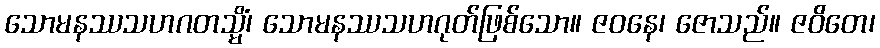
သောမနဿသဟဂတသ္မိံ၊ သောမနဿသဟဂုတ်ဖြစ်သော။ ဇဝနေ၊ ဇောသည်။ ဇဝိတေ၊